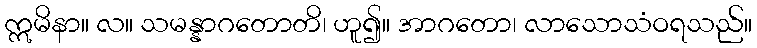
ဣမိနာ။ လ။ သမန္နာဂတောတိ၊ ဟူ၍။ အာဂတော၊ လာသောသံဝရသည်။